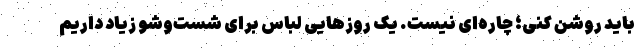
باید روشن کنی؛ چاره‌ای نیست. یک روزهایی لباس برای شست‌وشو زیاد داریم